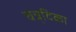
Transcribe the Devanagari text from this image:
चन्र्दिका